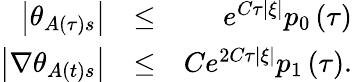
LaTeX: \begin{array}{rlr}{\left\vert\theta_{A\left(\tau\right)s}\right\vert}&{\leq}&{e^{C\tau\left\vert\xi\right\vert}p_{0}\left(\tau\right)}\\ {\left\vert\nabla\theta_{A\left(t\right)s}\right\vert}&{\leq}&{Ce^{2C\tau\left\vert\xi\right\vert}p_{1}\left(\tau\right).}\end{array}